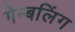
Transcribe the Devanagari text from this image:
गेम्बलिंग